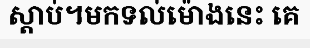
ស្តាប់។មកទល់ម៉ោងនេះ គេ